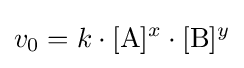
v_{0}=k\cdot [{\rm {A}}]^{x}\cdot [{\rm {B}}]^{y}